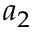
a _ { 2 }